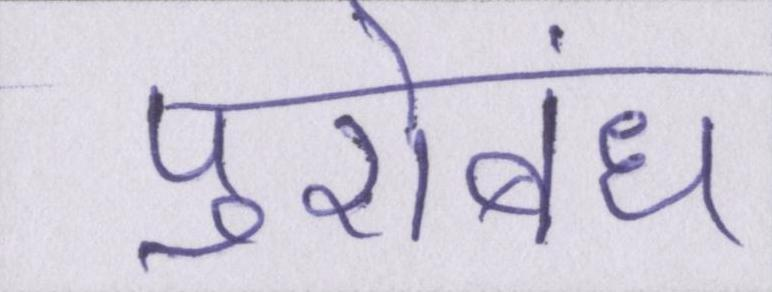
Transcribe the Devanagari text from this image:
पुरोबंध